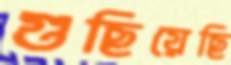
গুছিয়েছি